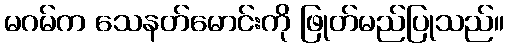
မဂမ်က သေနတ်မောင်းကို ဖြုတ်မည်ပြုသည်။